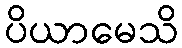
ပိယာမေသိ